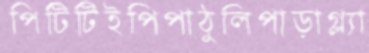
পিটিটিইপিপাঠুলিপাড়াগ্ল্যা